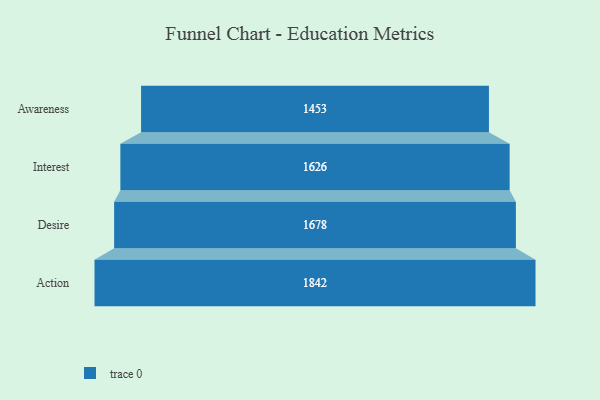
{"axis": {"x": "Stage", "y": "Value"}, "legend": [""], "data": [{"x": "Awareness", "y": 1453.0, "type": ""}, {"x": "Interest", "y": 1626.0, "type": ""}, {"x": "Desire", "y": 1678.0, "type": ""}, {"x": "Action", "y": 1842.0, "type": ""}]}